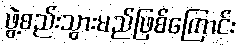
ဖွဲ့စည်းသွားမည်ဖြစ်ကြောင်း